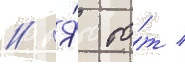
// Я́ то́т /